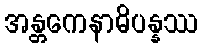
အန္တကေနာဓိပန္နဿ